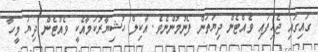
ގައިގައި ޖެހިފައި ވެއްޓެން ދިޔަތަން ފެނުމުންނެވެ. އާކިލް ހުޝިޔާރުކަމާއެކީ ވެއްޓެން ދިޔަ މީހާ